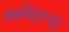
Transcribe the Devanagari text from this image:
मन्रोतुरुत्तु